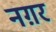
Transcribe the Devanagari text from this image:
नग़र